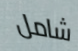
شامل